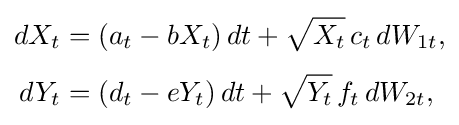
{\begin{aligned}dX_{t}&=(a_{t}-bX_{t})\,dt+{\sqrt {X_{t}}}\,c_{t}\,dW_{1t},\\[3pt]dY_{t}&=(d_{t}-eY_{t})\,dt+{\sqrt {Y_{t}}}\,f_{t}\,dW_{2t},\end{aligned}}